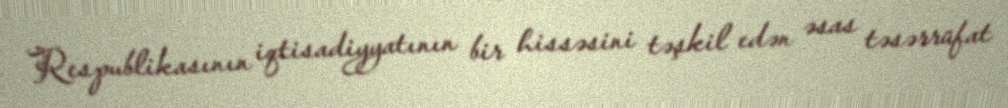
Respublikasının iqtisadiyyatının bir hissəsini təşkil edən əsas təsərrüfat